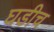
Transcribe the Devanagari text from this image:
घडीच